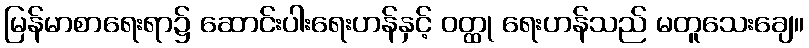
မြန်မာစာရေးရာ၌ ဆောင်းပါးရေးဟန်နှင့် ဝတ္ထု ရေးဟန်သည် မတူသေးချေ။